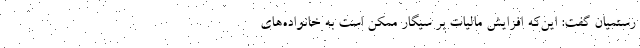
رستمیان گفت: این‌که افزایش مالیات بر سیگار ممکن است به خانواده‌های